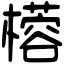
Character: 㯴